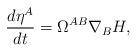
LaTeX: \begin{align*}\frac{d\eta^A}{dt}=\Omega^{AB}\nabla_BH,\end{align*}